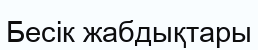
Бесік жабдықтары